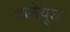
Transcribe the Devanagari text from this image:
दानेयुक्त